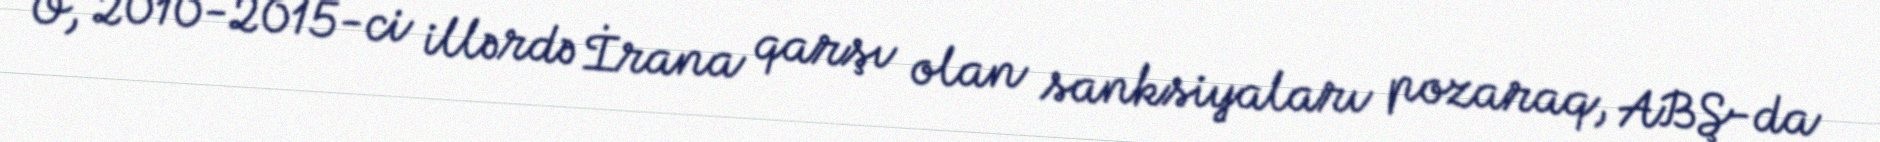
O, 2010-2015-ci illərdə İrana qarşı olan sanksiyaları pozaraq, ABŞ-da